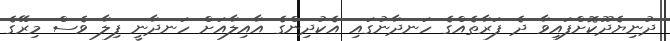
ދުނިޔެދޫކޮށްފައިވާ ދެ ފަރާތެއްގެ ހަނދާނުގައި އެކުދިންގެ އާއިލާއަށް ހަނދާނީ ފިލާ ވެސް މިރޭގެ